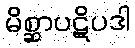
မိစ္ဆာပဋိပဒါ